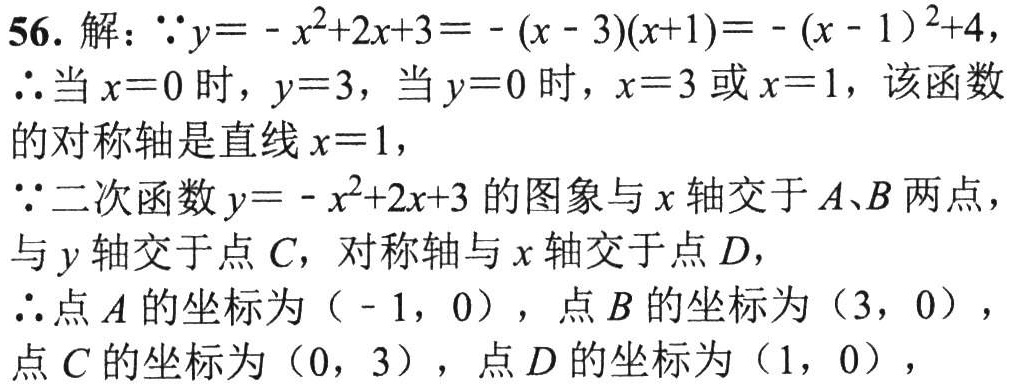
56. 解：\(\because y=-x^{2}+2x + 3=-(x - 3)(x + 1)=-(x - 1)^{2}+4\)，
\(\therefore\)当\(x = 0\)时，\(y = 3\)，当\(y = 0\)时，\(x = 3\)或\(x = 1\)，该函数的对称轴是直线\(x = 1\)，
\(\because\)二次函数\(y=-x^{2}+2x + 3\)的图象与\(x\)轴交于\(A、B\)两点，与\(y\)轴交于点\(C\)，对称轴与\(x\)轴交于点\(D\)，
\(\therefore\)点\(A\)的坐标为\((-1,0)\)，点\(B\)的坐标为\((3,0)\)，点\(C\)的坐标为\((0,3)\)，点\(D\)的坐标为\((1,0)\)，